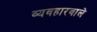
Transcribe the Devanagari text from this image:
व्यवहारवाले